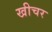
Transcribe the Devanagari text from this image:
खीचर